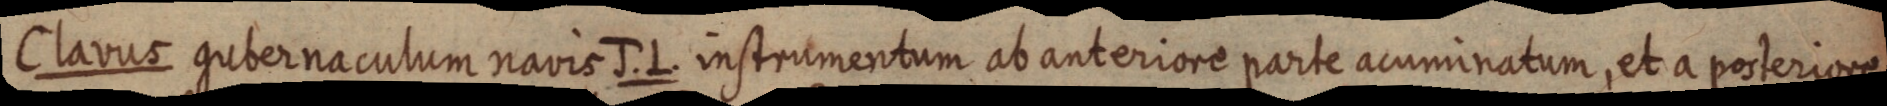
Clavus gubernaculum navis J. L. instrumentum ab anteriore parte acuminatum, et a posteriore